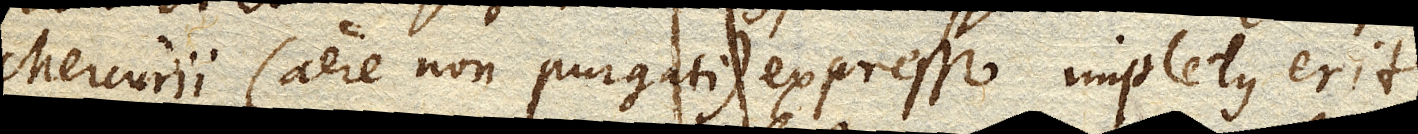
Mercurii (ere non purgati) expresso impletus erit,